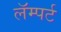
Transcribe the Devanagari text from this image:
लॅम्पर्ट